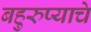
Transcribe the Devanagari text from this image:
बहुरुप्याचे